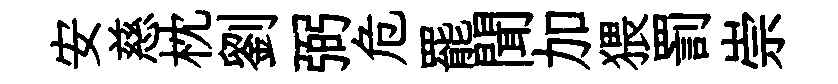
安慈枕劉弼危罷聞加猥罰崇